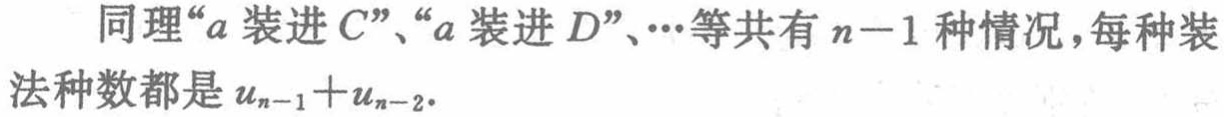
同理“\(a\)装进\(C\)”、“\(a\)装进\(D\)”、\(\cdots\)等共有\(n - 1\)种情况，每种装法种数都是\(u_{n - 1} + u_{n - 2}\).